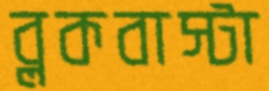
ব্লকবাস্টা